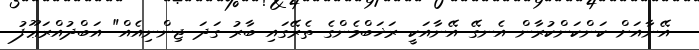
އޭނާއަށް ކަންކަންކުރާން އެނގޭ އޭނާއަކީ ރަޚަބްމެންގެ ތެރޭގައި ބާރު ގަދަ ޖިންނިއެއް" އަބްދުއްރަޢޫފު